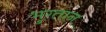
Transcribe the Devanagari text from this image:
भुग्तान